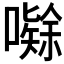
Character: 𭋤